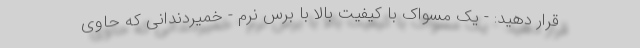
قرار دهید: - یک مسواک با کیفیت بالا با برس نرم - خمیردندانی که حاوی